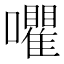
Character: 㘗